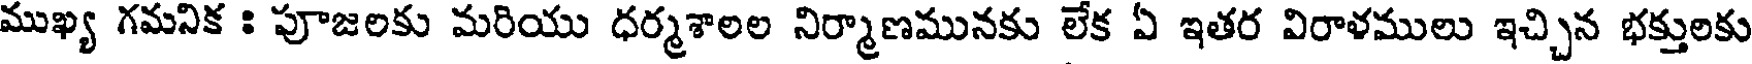
ముఖ్య గమనిక : పూజలకు మరియు ధర్మశాలల నిర్మాణమునకు లేక ఏ ఇతర విరాళములు ఇచ్చిన భక్తులకు